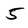
Character: 5